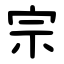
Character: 宗